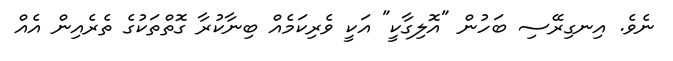
ނެވެ. އިނގިރޭސި ބަހުން "އޮލިގާކީ" އަކީ ވެރިކަމެއް ބިނާކުރާ ގޮތްތަކުގެ ތެރެއިން އެއް